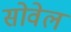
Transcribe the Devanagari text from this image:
सोवेल